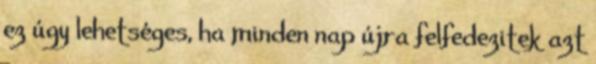
ez úgy lehetséges, ha minden nap újra felfedezitek azt